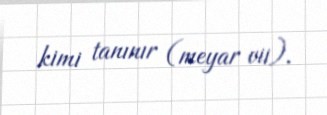
kimi tanınır (meyar vii).